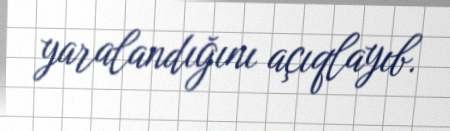
yaralandığını açıqlayıb.